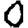
Digit: 0